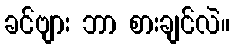
ခင်ဗျား ဘာ စားချင်လဲ။